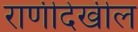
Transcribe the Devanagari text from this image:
राणीदेखील